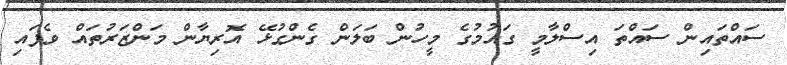
ސައްތައިން ސައްތަ އިސްލާމީ ގައުމުގެ މީހުން ބަލަން ގެންގުޅޭ އޮރިޔާން މަންޒަރުތައް ވެފައި